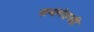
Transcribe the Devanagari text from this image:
सभामंडपही